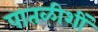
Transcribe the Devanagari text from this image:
पातळीशीं